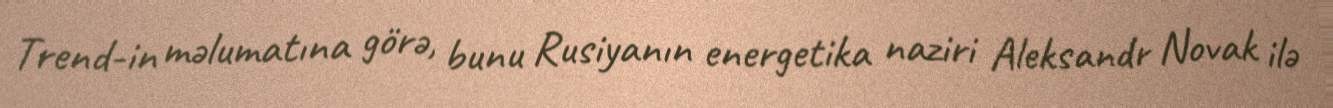
Trend-in məlumatına görə, bunu Rusiyanın energetika naziri Aleksandr Novak ilə